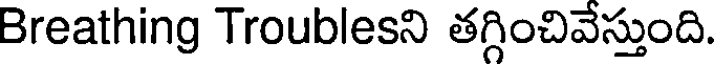
Breathing Troublesని తగ్గించివేస్తుంది.